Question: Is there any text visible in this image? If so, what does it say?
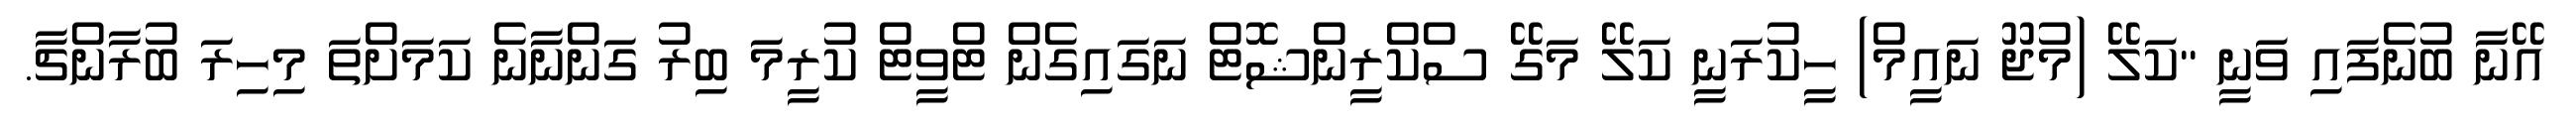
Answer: އޭނާ ބުނެފައި ވަނީ "ކަލޭ (މުޖޫ ނައީމް) ހީކުރަނީ ކަލޭ މަގޭ ސްކްރީންޝޮޓް ނަގައިގެން ޓްވީޓް ކުރީމަ ބިރު ގަންނާނެ ކަމަށްތަ މިހިރަ ބުރާންޗާ.